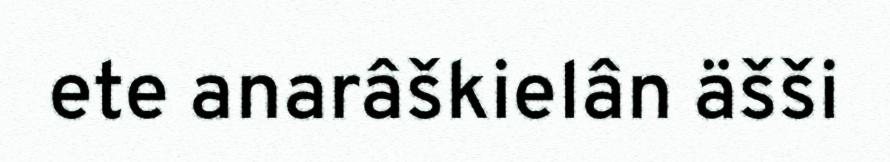
ete anarâškielân äšši